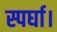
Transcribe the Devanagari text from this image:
स्पर्घा।